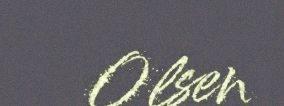
Olsen